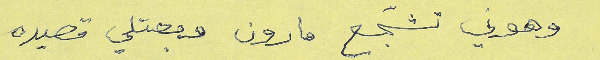
وهوني تشجّع مارون وبعتلي قصيده